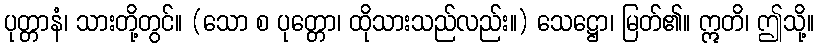
ပုတ္တာနံ၊ သားတို့တွင်။ (သော စ ပုတ္တော၊ ထိုသားသည်လည်း။) သေဋ္ဌော၊ မြတ်၏။ ဣတိ၊ ဤသို့။